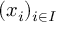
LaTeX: ( x _ { i } ) _ { i \in I }